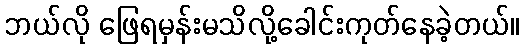
ဘယ်လို ဖြေရမှန်းမသိလို့ခေါင်းကုတ်နေခဲ့တယ်။